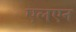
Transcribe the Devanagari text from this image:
एलएन